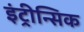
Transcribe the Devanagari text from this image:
इंट्रीन्सिक